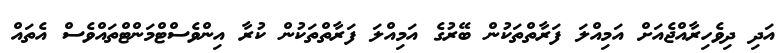
އަދި ދިވެހިރާއްޖެއަށް އަމިއްލަ ފަރާތްތަކުން ބޭރުގެ އަމިއްލަ ފަރާތްތަކުން ކުރާ އިންވެސްޓްމަންޓްތައްވެސް އެތައް